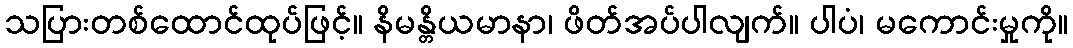
သပြားတစ်ထောင်ထုပ်ဖြင့်။ နိမန္တိယမာနာ၊ ဖိတ်အပ်ပါလျက်။ ပါပံ၊ မကောင်းမှုကို။